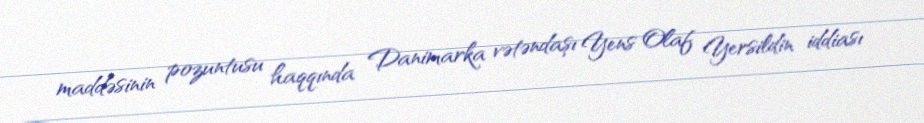
maddəsinin pozuntusu haqqında Danimarka vətəndaşı Yens Olaf Yersildin iddiası